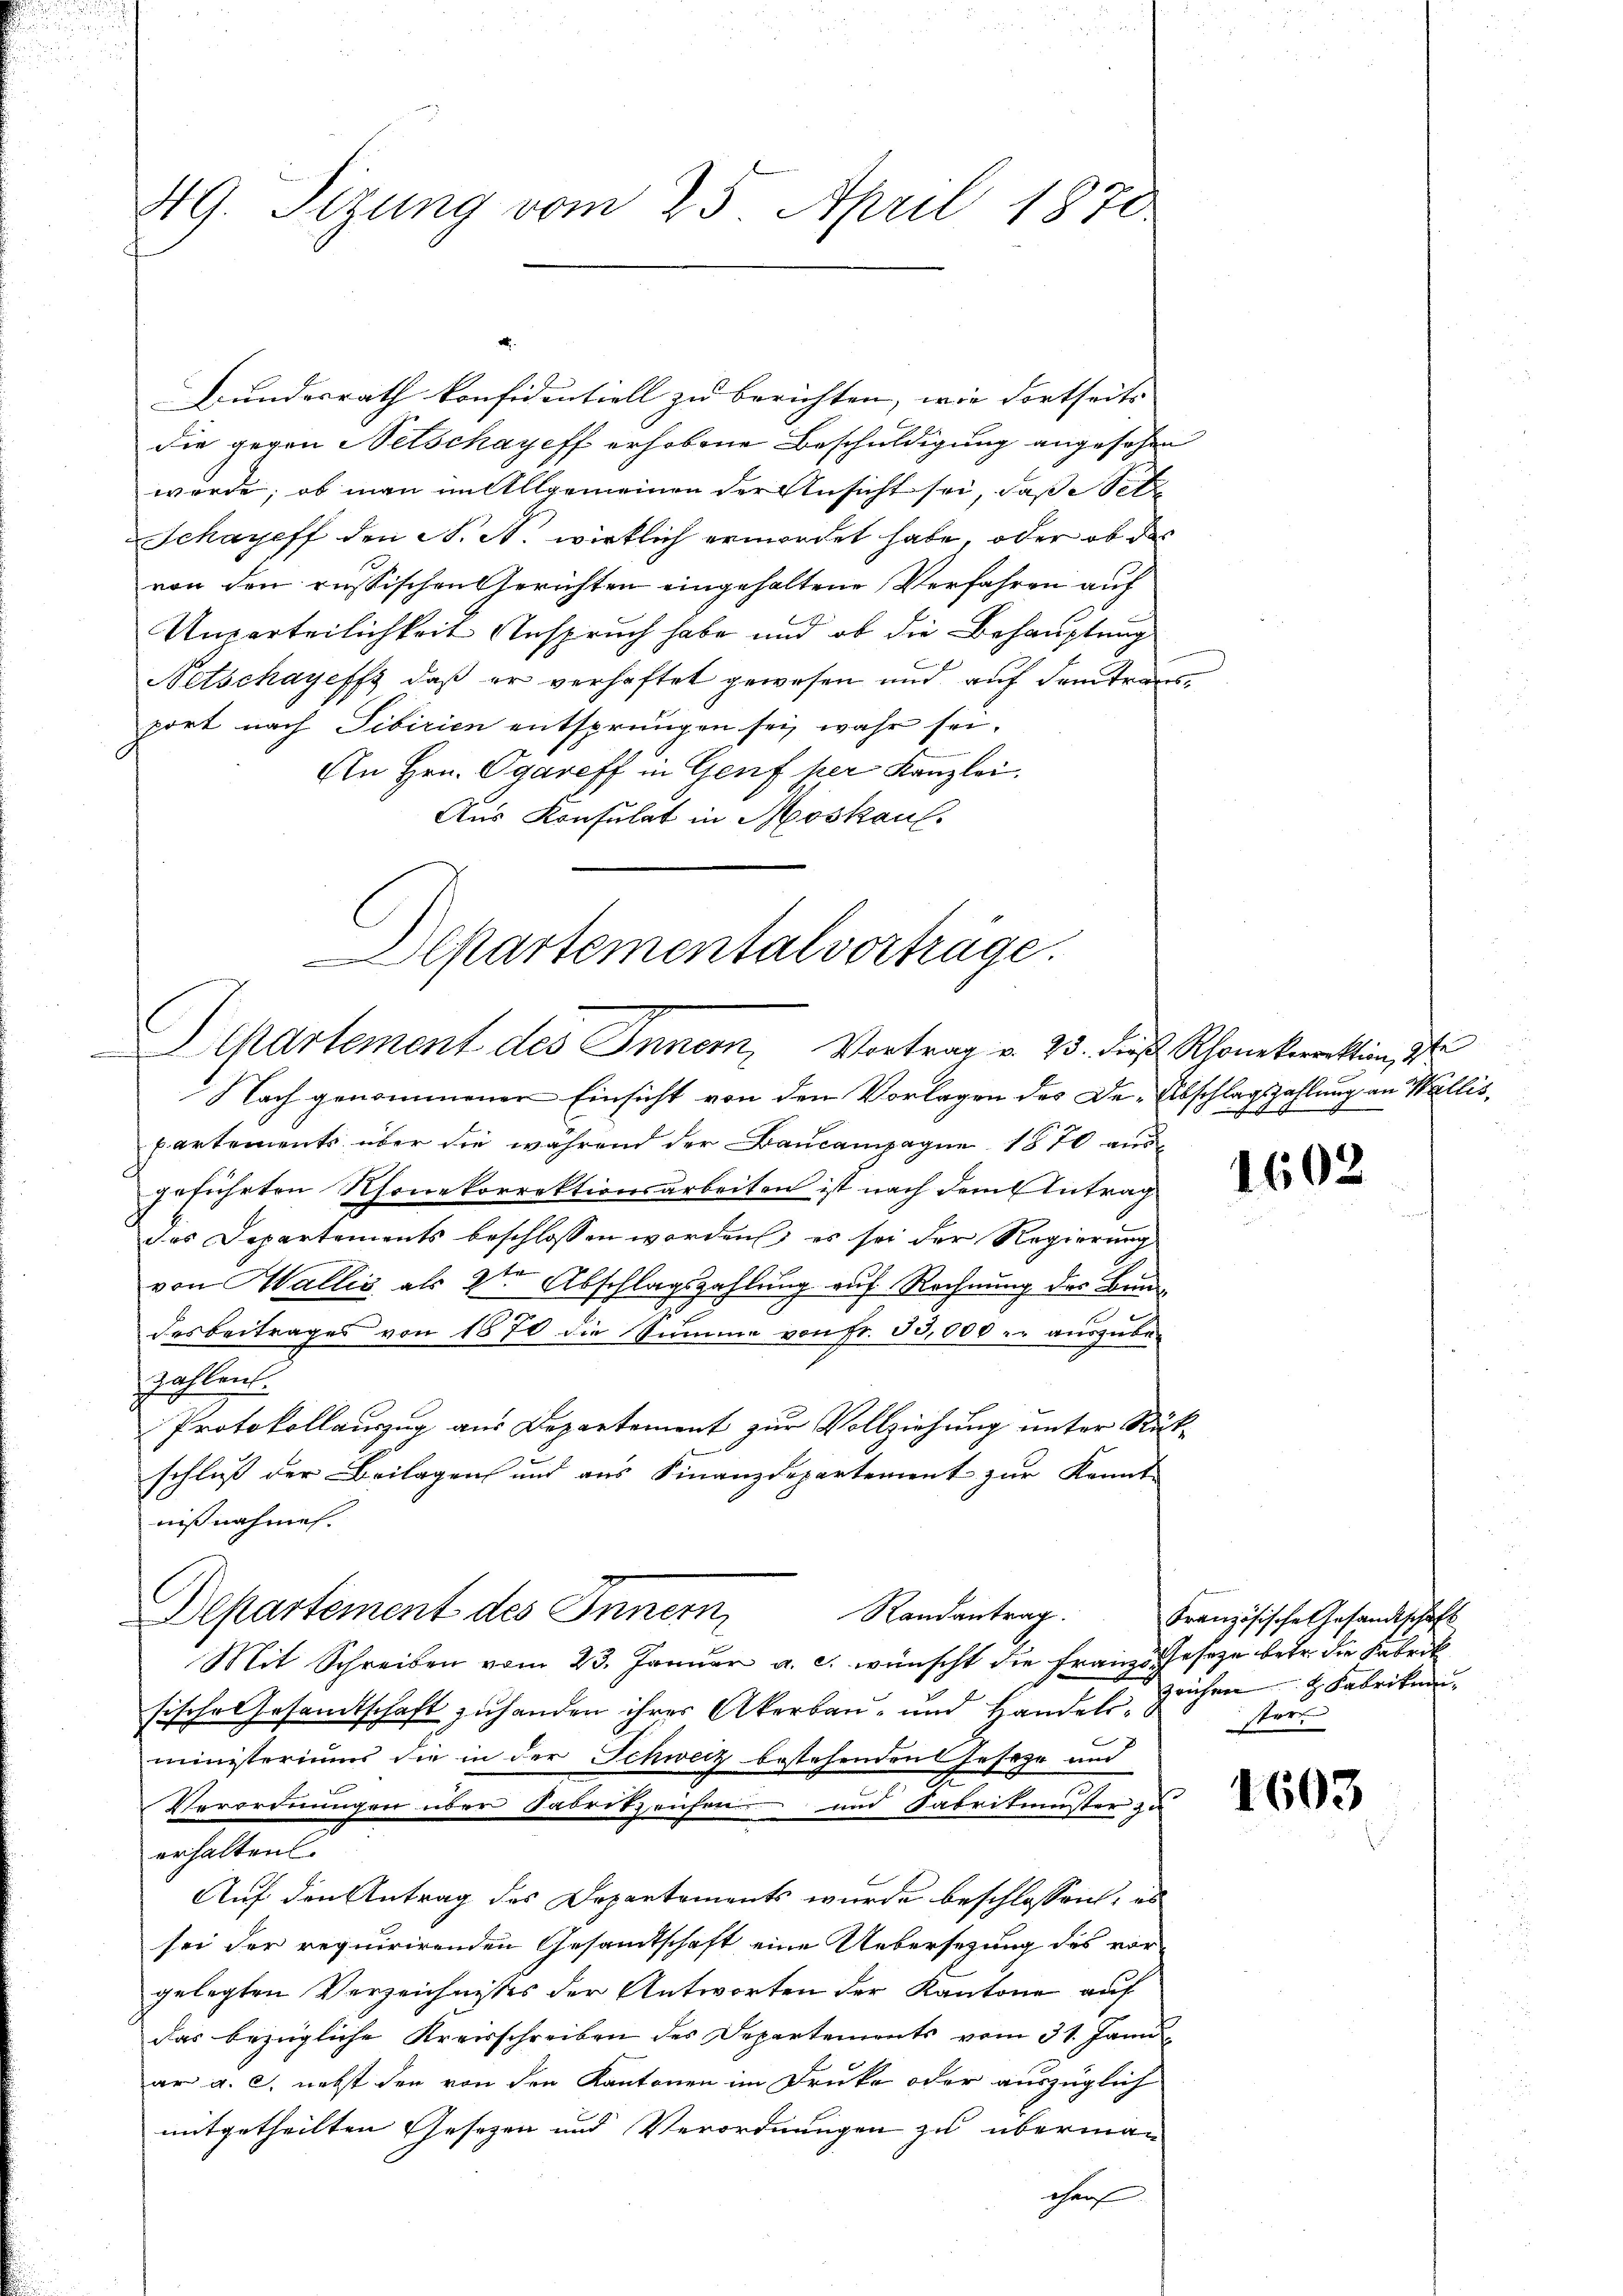
49. Sizung vom 25. April 1870

Bundesrath konfidentiell zu berichten, wie dortseits |
die gegen Netschayeff erhobene Beschuldigung angesehen
wurde; ob man im Allgemeinen der Ansicht sei, daß setz
Schareff den A. A. wirklich ermordet habe, oder ob des
von den russischen Gerichten eingehaltene Verfahren auf
Unparteilichkeit Anspruch habe und ob die Behauptung
Netschayeffs, daß er verhaftet gewesen und auf Samtransport nach Sibirien entsprungen sei, wahr sei.
An Hrn. Ogareff in Genf per Kanzlei.
Aus Konsulat in Moskauf.
Nach genommenen Einsicht von den Vorlagen des De-Abschlagszahlung an Wallispartements über die während der Baucampagne 1870 ausgeführten Thonekorrektionsarbeiten ist nach dem Antrag
das Departements beschlossen worden; es sei der Regierung
von Wallis als 2ten Abschlagszahlung auf Rechnung des Bundesbeitrages von 1870 die Summe von Fr. 30,000 er auszubezahlen.
Protokollauszug aus Departement zur Vollziehung unter Stükschluß der Beilagen und aus Finanzdepartement zur Kennt
nißnahme.
Departement des Innern
Randantrag.
Mit Schreiben vom 23. Januar a. c. wünscht die Franze Gesetze betr. die Fabrik
fische Gesamtschaft zuhanden ihrer Akerbau- und Handelsministeriums die in der Schweiz bestehenden Geseze und
Verordnungen über Fabritzeichen und Fabrikinister zu
erhalten.
Auf den Antrag des Departements wurde beschlossen, un
sei der requirirenden Gesamtschaft eine Uebersezung des vor-
gelegten Verzeichnisses der Antworten der Kantone auf
das bezügliche Kreisschreiben des Departements vom 31. Janu
ar a. c. nebst den von den Kantonen im Druke oder auszüglich
mitgetheilten Gesetzen und Verordnungen zu übermacharf

Departementalverträge.
Departement des Innern, Vortrag v. 23. dieß Rhonekorrektion, 3te

1602

Französische Gesandtschaft
Zeichen Fabrikum
Ver

1603